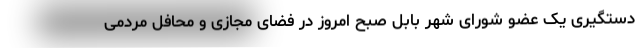
دستگیری یک عضو شورای شهر بابل صبح امروز در فضای مجازی و محافل مردمی